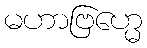
မဟာဗြဟ္မေ